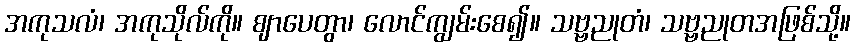
အကုသလံ၊ အကုသိုလ်ကို။ ဈာပေတွာ၊ လောင်ကျွမ်းစေ၍။ သဗ္ဗညုတံ၊ သဗ္ဗညုတအဖြစ်သို့။